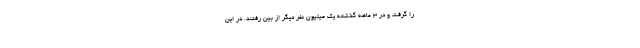
را گرفت و در 3 ماهه گذشته یک میلیون نفر دیگر از بین رفتند. در این